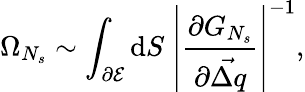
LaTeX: \Omega_{N_{s}}\sim\int_{\partial\mathcal{E}}{\mathrm{d}S\; \left\vert\frac{\partial G_{N_{s}}}{\partial\vec{\Delta q}}\right\vert^{-1}},